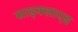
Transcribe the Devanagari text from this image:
साइक्लाएड